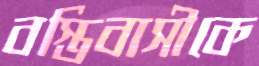
বস্তিবাসীকে